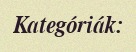
Kategóriák: